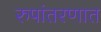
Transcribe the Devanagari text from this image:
रुपांतरणात